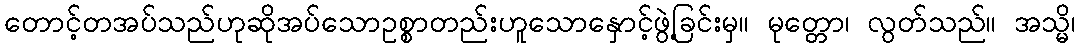
တောင့်တအပ်သည်ဟုဆိုအပ်သောဥစ္စာတည်းဟူသောနှောင့်ဖွဲ့ခြင်းမှ။ မုတ္တော၊ လွတ်သည်။ အသ္မိ၊